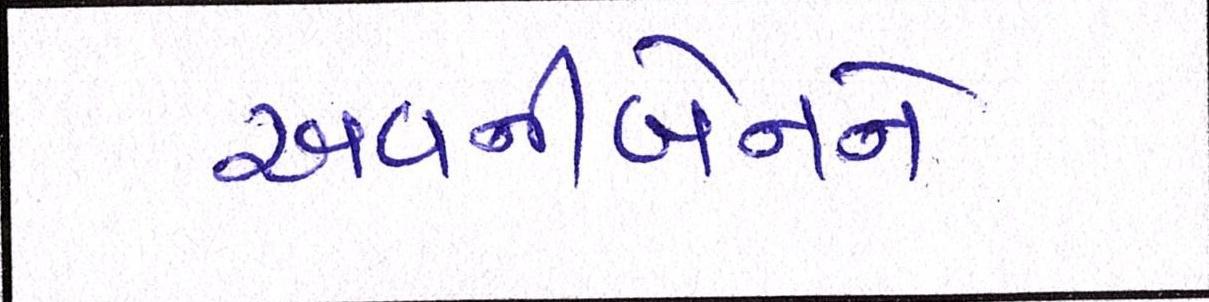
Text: અવનીબેનને